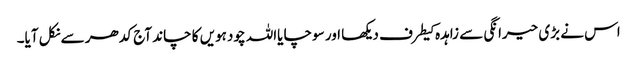
اس نے بڑی حیرانگی سے زاہدہ کیطرف دیکھا اور سوچا یااللہ چودہویں کا چاند آج کدھر سے نکل آیا۔